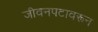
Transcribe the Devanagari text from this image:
जीवनपटावरून